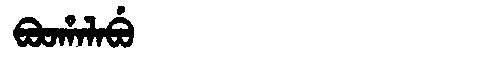
Manchu: ᠪᠣᠣᡥᠠᠯᠠᠪᡠ
Romanization: BOOHALABU